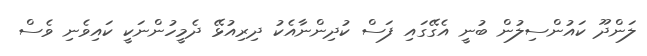
ލަންދޫ ކައުންސިލުން ބުނީ އެގޭގައި ފަސް ކުދިންނާއެކު ދިރިއުޅޭ ދެމީހުންނަކީ ކައިވެނި ވެސް